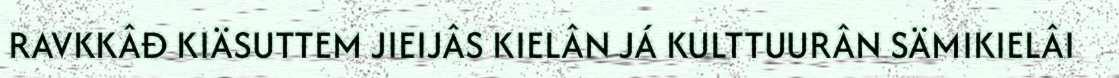
RAVKKÂĐ KIÄSUTTEM JIEIJÂS KIELÂN JÁ KULTTUURÂN SÄMIKIELÂI